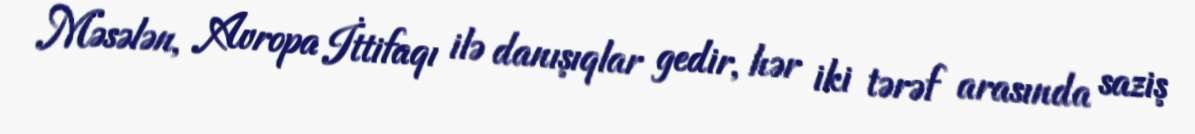
Məsələn, Avropa İttifaqı ilə danışıqlar gedir, hər iki tərəf arasında saziş